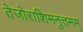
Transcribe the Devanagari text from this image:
तेजोराशिमनुत्तमम्